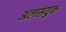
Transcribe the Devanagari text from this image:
अलसयुक्त